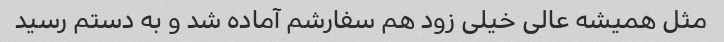
مثل همیشه عالی خیلی زود هم سفارشم آماده شد و به دستم رسید